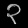
Digit: ၃